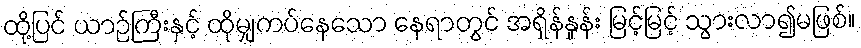
ထို့ပြင် ယာဉ်ကြီးနှင့် ထိုမျှကပ်နေသော နေရာတွင် အရှိန်နှုန်း မြင့်မြင့် သွားလာ၍မဖြစ်။